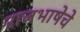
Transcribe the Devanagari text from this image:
राजभाषेचे